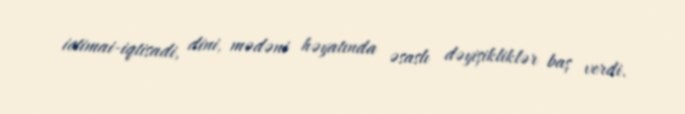
ictimai-iqtisadi, dini, mədəni həyatında əsaslı dəyişikliklər baş verdi.